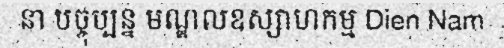
នា បច្ចុប្បន្ន មណ្ឌលឧស្សាហកម្ម Dien Nam